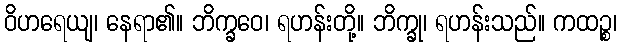
ဝိဟရေယျ၊ နေရာ၏။ ဘိက္ခဝေ၊ ရဟန်းတို့။ ဘိက္ခု၊ ရဟန်းသည်။ ကထဉ္စ၊